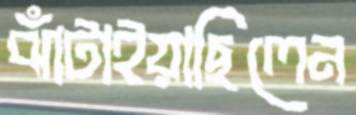
ঝাঁটাইয়াছিলেন